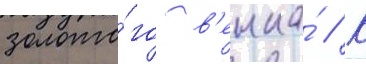
золото́го в'енка́ // К